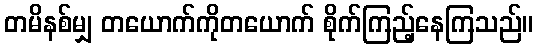
တမိနစ်မျှ တယောက်ကိုတယောက် စိုက်ကြည့်နေကြသည်။